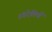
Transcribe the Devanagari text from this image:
रंगरेलियों